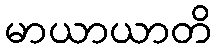
မာယာယာတိ